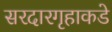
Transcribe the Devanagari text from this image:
सरदारगृहाकडे